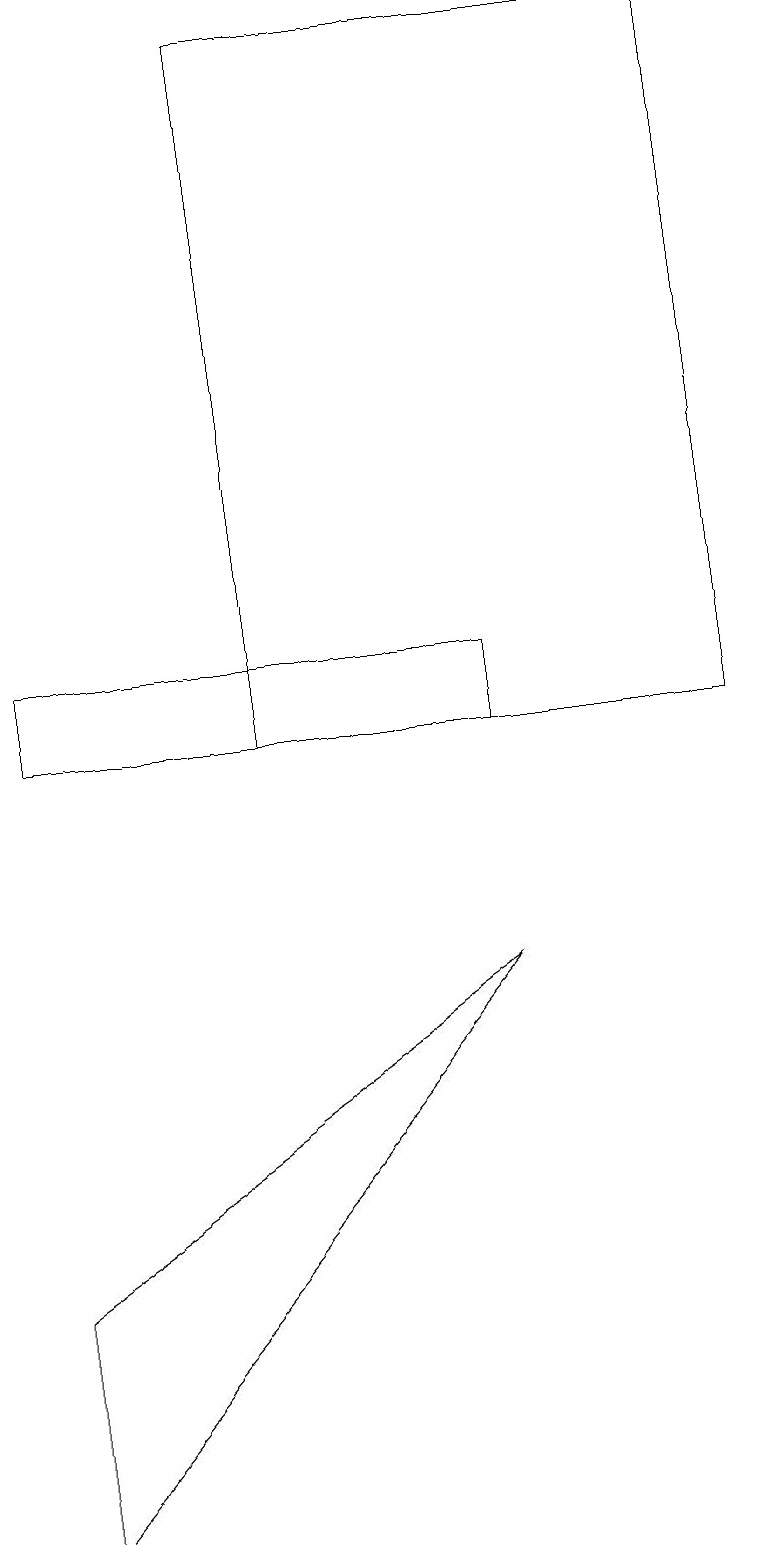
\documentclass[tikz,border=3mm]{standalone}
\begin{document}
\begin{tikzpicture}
\draw (0,11) rectangle (6,10);
\draw (0,0) -- (6,7) -- (0,3) -- cycle;
\draw (9,19) rectangle (3,10);
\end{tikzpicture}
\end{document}